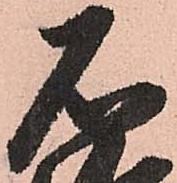
石